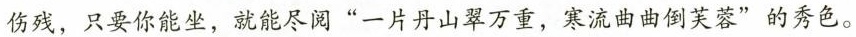
伤残，只要你能坐，就能尽阅”一片丹山翠万重，寒流曲曲倒芙蓉”的秀色。